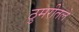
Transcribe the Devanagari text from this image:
ठुमरीतले